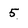
Character: 5